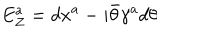
E _ { Z } ^ { a } = d x ^ { a } - i \bar { \theta } \gamma ^ { a } d \theta